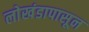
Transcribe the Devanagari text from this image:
लाेखंडापासून